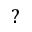
\mathord { ? }